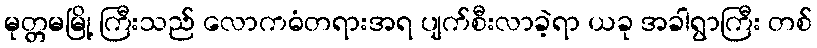
မုတ္တမမြို့ ကြီးသည် လောကဓံတရားအရ ပျက်စီးလာခဲ့ရာ ယခု အခါရွာကြီး တစ်